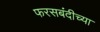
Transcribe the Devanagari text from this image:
फरसबंदीच्या